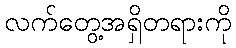
လက်တွေ့အရှိတရားကို